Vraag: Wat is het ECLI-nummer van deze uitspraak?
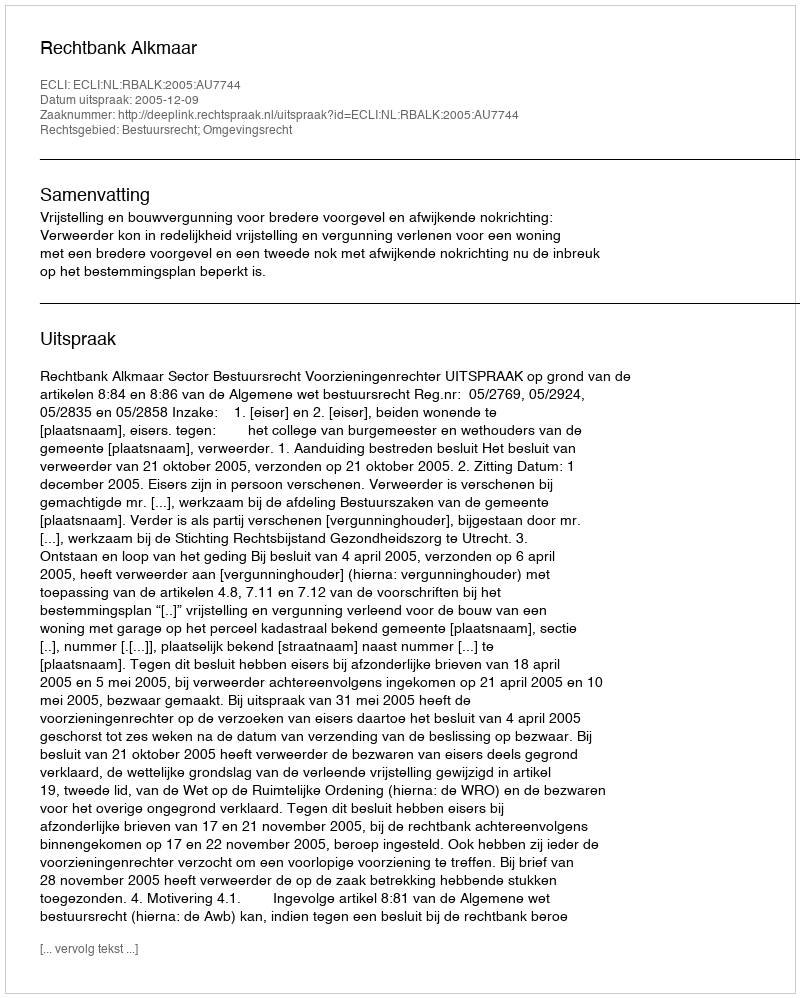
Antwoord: ECLI:NL:RBALK:2005:AU7744